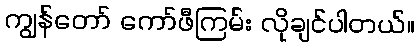
ကျွန်တော် ကော်ဖီကြမ်း လိုချင်ပါတယ်။